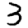
Digit: 3